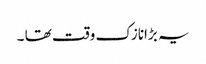
یہ بڑانازک وقت تھا ۔